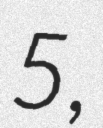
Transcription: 5,